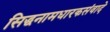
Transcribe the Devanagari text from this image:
सिद्धनामधारकसंवादे